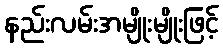
နည်းလမ်းအမျိုးမျိုးဖြင့်